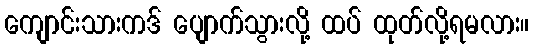
ကျောင်းသားကဒ် ပျောက်သွားလို့ ထပ် ထုတ်လို့ရမလား။